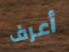
أعرف